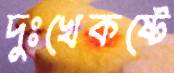
দুঃখেকষ্টে